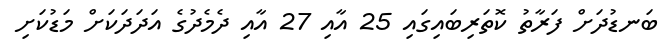
ބަނޑުދަށް ފަރާތު ކޮތަރިބައިގައި 25 އާއި 27 އާއި ދެމެދުގެ އަދަދަކަށް މަޑުކަށި